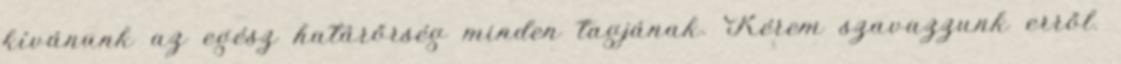
kívánunk az egész határőrség minden tagjának. Kérem szavazzunk erről.